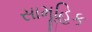
સામૂહિક